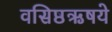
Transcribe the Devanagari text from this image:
वसिष्ठऋषये